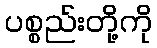
ပစ္စည်းတို့ကို